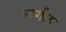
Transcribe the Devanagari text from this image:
नर्गल